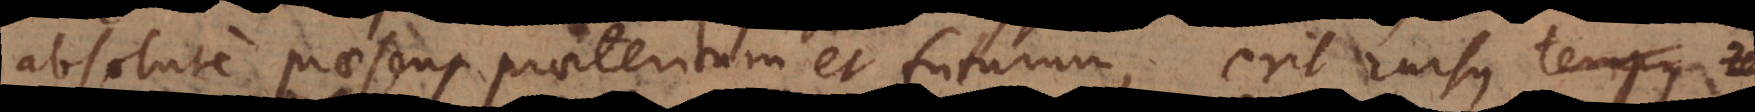
absolute praesens, praeteritum et futurum, erit rursus ratione